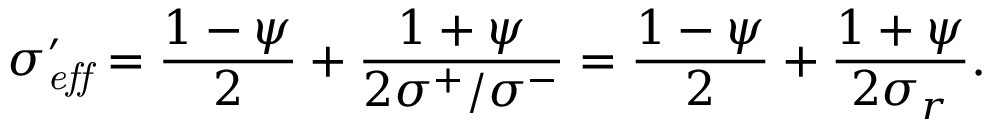
\sigma _ { \it e f f } ^ { \prime } = \frac { 1 - \psi } { 2 } + \frac { 1 + \psi } { 2 \sigma ^ { + } / \sigma ^ { - } } = \frac { 1 - \psi } { 2 } + \frac { 1 + \psi } { 2 \sigma _ { r } } .